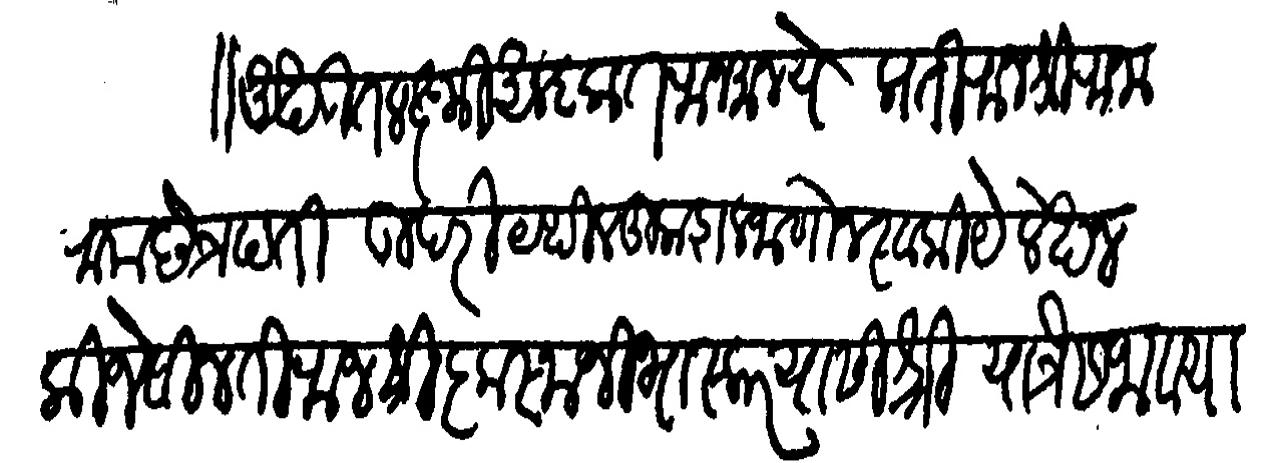
Transliteration (Devanagari): अखंडित लक्ष्मी आलंकृत राजमान्ये प्रती राजश्री राजाराम छत्रपति उपरी यथील कुशल जाणोन स्वकीये लेखन कीजे विनती राजश्री कृष्णाजी भास्कर यांसी श्री यात्रेस जावया